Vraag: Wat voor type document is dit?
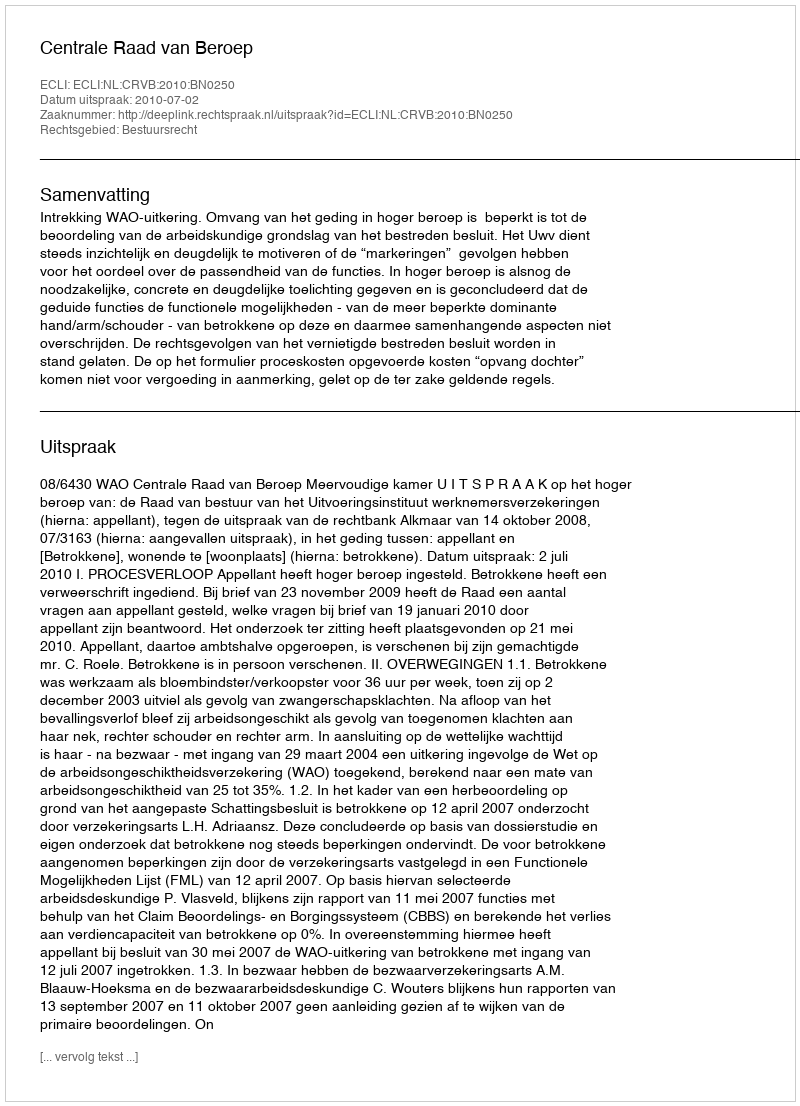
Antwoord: Uitspraak